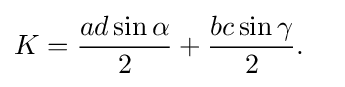
{\begin{aligned}K&={\frac {ad\sin \alpha }{2}}+{\frac {bc\sin \gamma }{2}}.\end{aligned}}